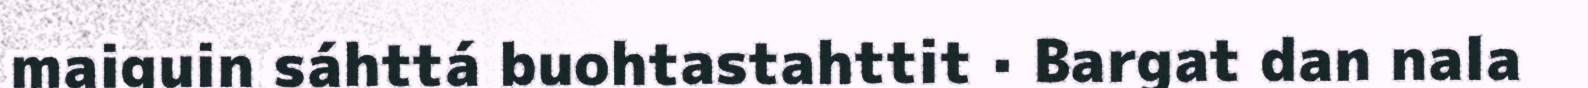
maiguin sáhttá buohtastahttit · Bargat dan nala